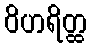
ဝိဟရိတ္ထ